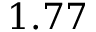
1 . 7 7